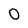
Character: O